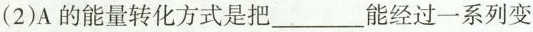
(2)A的能量转化方式是把______能经过一系列变